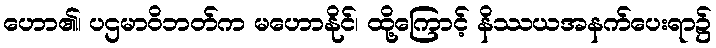
ဟော၏၊ ပဌမာဝိဘတ်က မဟောနိုင်၊ ထို့ကြောင့် နိဿယအနက်ပေးရာ၌